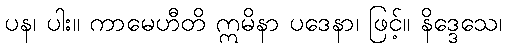
ပန၊ ပါး။ ကာမေဟီတိ ဣမိနာ ပဒေနာ၊ ဖြင့်။ နိဒ္ဒေသေ၊